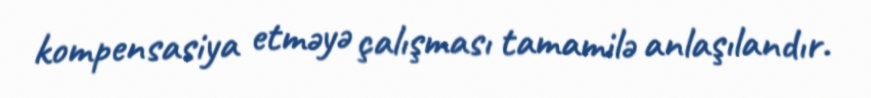
kompensasiya etməyə çalışması tamamilə anlaşılandır.